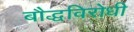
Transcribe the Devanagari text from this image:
बौद्धविरोधी